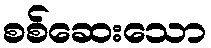
စစ်ဆေးသော